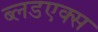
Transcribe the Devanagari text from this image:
ब्लडएक्स